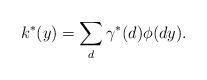
LaTeX: \begin{align*} k^*(y)=\sum_d \gamma^*(d)\phi(dy).\end{align*}